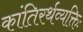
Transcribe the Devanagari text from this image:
कांतिरर्थव्यक्तिः